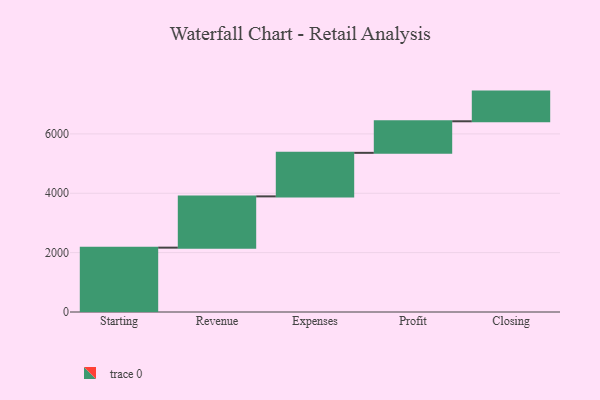
{"axis": {"x": "Step", "y": "Value"}, "legend": [""], "data": [{"x": "Starting", "y": 2168.0, "type": ""}, {"x": "Revenue", "y": 1727.0, "type": ""}, {"x": "Expenses", "y": 1467.0, "type": ""}, {"x": "Profit", "y": 1063.0, "type": ""}, {"x": "Closing", "y": 1000, "type": ""}]}